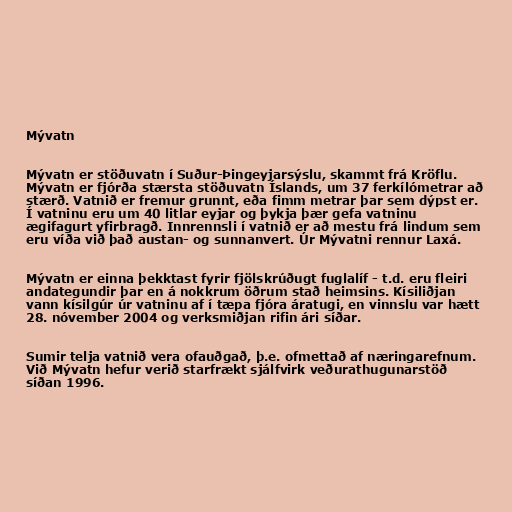
Mývatn

Mývatn er stöðuvatn í Suður-Þingeyjarsýslu, skammt frá Kröflu.
Mývatn er fjórða stærsta stöðuvatn Íslands, um 37 ferkílómetrar að
stærð. Vatnið er fremur grunnt, eða fimm metrar þar sem dýpst er.
Í vatninu eru um 40 litlar eyjar og þykja þær gefa vatninu
ægifagurt yfirbragð. Innrennsli í vatnið er að mestu frá lindum sem
eru víða við það austan- og sunnanvert. Úr Mývatni rennur Laxá.

Mývatn er einna þekktast fyrir fjölskrúðugt fuglalíf - t.d. eru fleiri
andategundir þar en á nokkrum öðrum stað heimsins. Kísiliðjan
vann kísilgúr úr vatninu af í tæpa fjóra áratugi, en vinnslu var hætt
28. nóvember 2004 og verksmiðjan rifin ári síðar.

Sumir telja vatnið vera ofauðgað, þ.e. ofmettað af næringarefnum.
Við Mývatn hefur verið starfrækt sjálfvirk veðurathugunarstöð
síðan 1996.